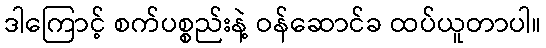
ဒါကြောင့် စက်ပစ္စည်းနဲ့ ဝန်ဆောင်ခ ထပ်ယူတာပါ။